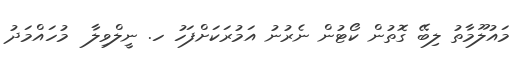
މައުލޫމާތު ލިބޭ ގޮތުން ކޯޓުން ނެރުނު އަމުރަކަށްފަހު ހ. ނީލްވިލާ  މުހައްމަދު